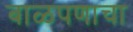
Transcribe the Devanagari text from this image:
बाळपणाचा